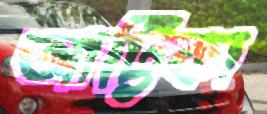
আট্টিকা